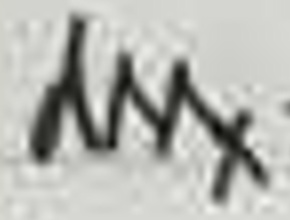
\(m_x\)